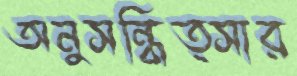
অনুসন্ধিত্সার